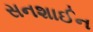
સનશાઈન